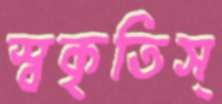
স্বকৃতিস্